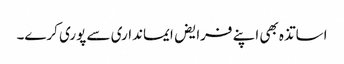
اساتذہ بھی اپنے فرایض ایمانداری سے پوری کرے۔